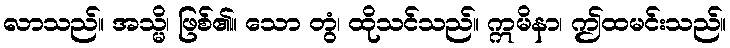
လာသည်။ အသ္မိ၊ ဖြစ်၏။ သော တွံ၊ ထိုသင်သည်။ ဣမိနာ၊ ဤထမင်းသည်။